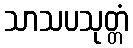
သာသပသုတ္တံ